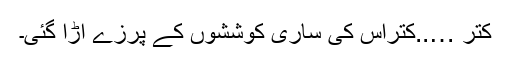
کتر …..کتراس کی ساری کوششوں کے پرزے اڑا گئی۔